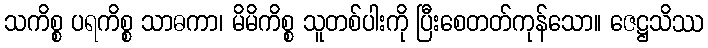
သကိစ္စ ပရကိစ္စ သာဓကာ၊ မိမိကိစ္စ သူတစ်ပါးကို ပြီးစေတတ်ကုန်သော။ ဇေဋ္ဌသိဿ